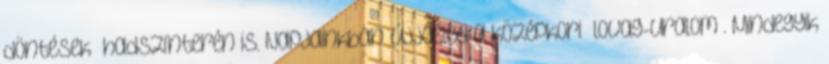
döntések” hadszínte­rén is. Napjainkban újjáéled a középkori „lo­vag-uralom”. Mind­egyik